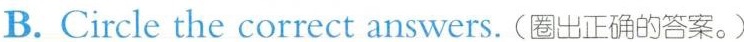
B. Circle the correct answers. (圈出正确的答案。)